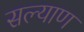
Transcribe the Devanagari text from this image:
सल्याण